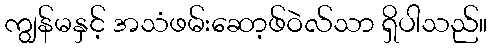
ကျွန်မနှင့် အသံဖမ်းဆော့ဖ်ဝဲလ်သာ ရှိပါသည်။